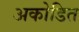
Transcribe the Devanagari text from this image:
अकोडित